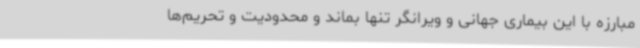
مبارزه با این بیماری جهانی و ویرانگر تنها بماند و محدودیت و تحریم‌ها